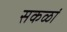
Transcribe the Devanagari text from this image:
सकळां